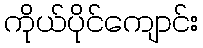
ကိုယ်ပိုင်ကျောင်း